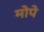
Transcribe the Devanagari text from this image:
मोपे